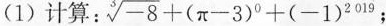
(1)计算： $$\sqrt[3]{-8}+(\pi -3)^{0}+(-1)^{201}$$ ；